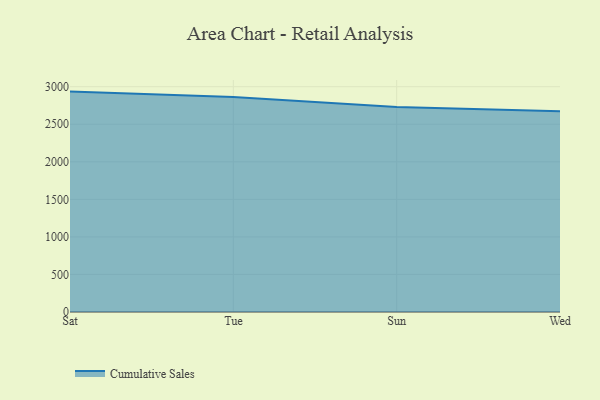
{"axis": {"x": "Day", "y": "Market Share (%)"}, "legend": ["Cumulative Sales"], "data": [{"x": "Sat", "y": 2934.9, "type": "Cumulative Sales"}, {"x": "Tue", "y": 2863.4, "type": "Cumulative Sales"}, {"x": "Sun", "y": 2731.3, "type": "Cumulative Sales"}, {"x": "Wed", "y": 2673.7, "type": "Cumulative Sales"}]}